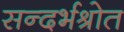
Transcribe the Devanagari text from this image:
सन्दर्भश्रोत